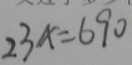
2 3 x = 6 9 0